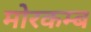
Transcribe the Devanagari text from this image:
मोरकम्ब